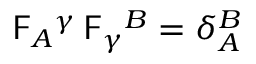
\mathsf { F } _ { A } { } ^ { \gamma } \, \mathsf { F } _ { \gamma } { } ^ { B } = \delta _ { A } ^ { B }